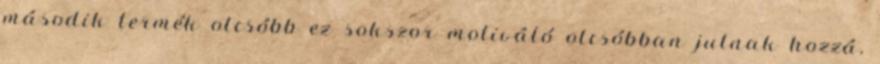
második termék olcsóbb ez sokszor motiváló olcsóbban jutnak hozzá,